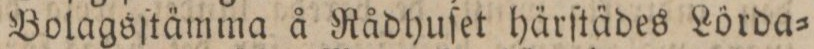
Bolagsſtämma å Rådhuſet härſtädes Lörda=